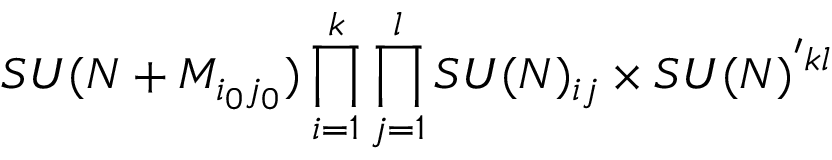
S U ( N + M _ { i _ { 0 } j _ { 0 } } ) \prod _ { i = 1 } ^ { k } \prod _ { j = 1 } ^ { l } S U ( N ) _ { i j } \times S U ( N ) ^ { ' k l }